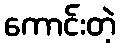
ကောင်းတဲ့